Riigikantselei, lk 260
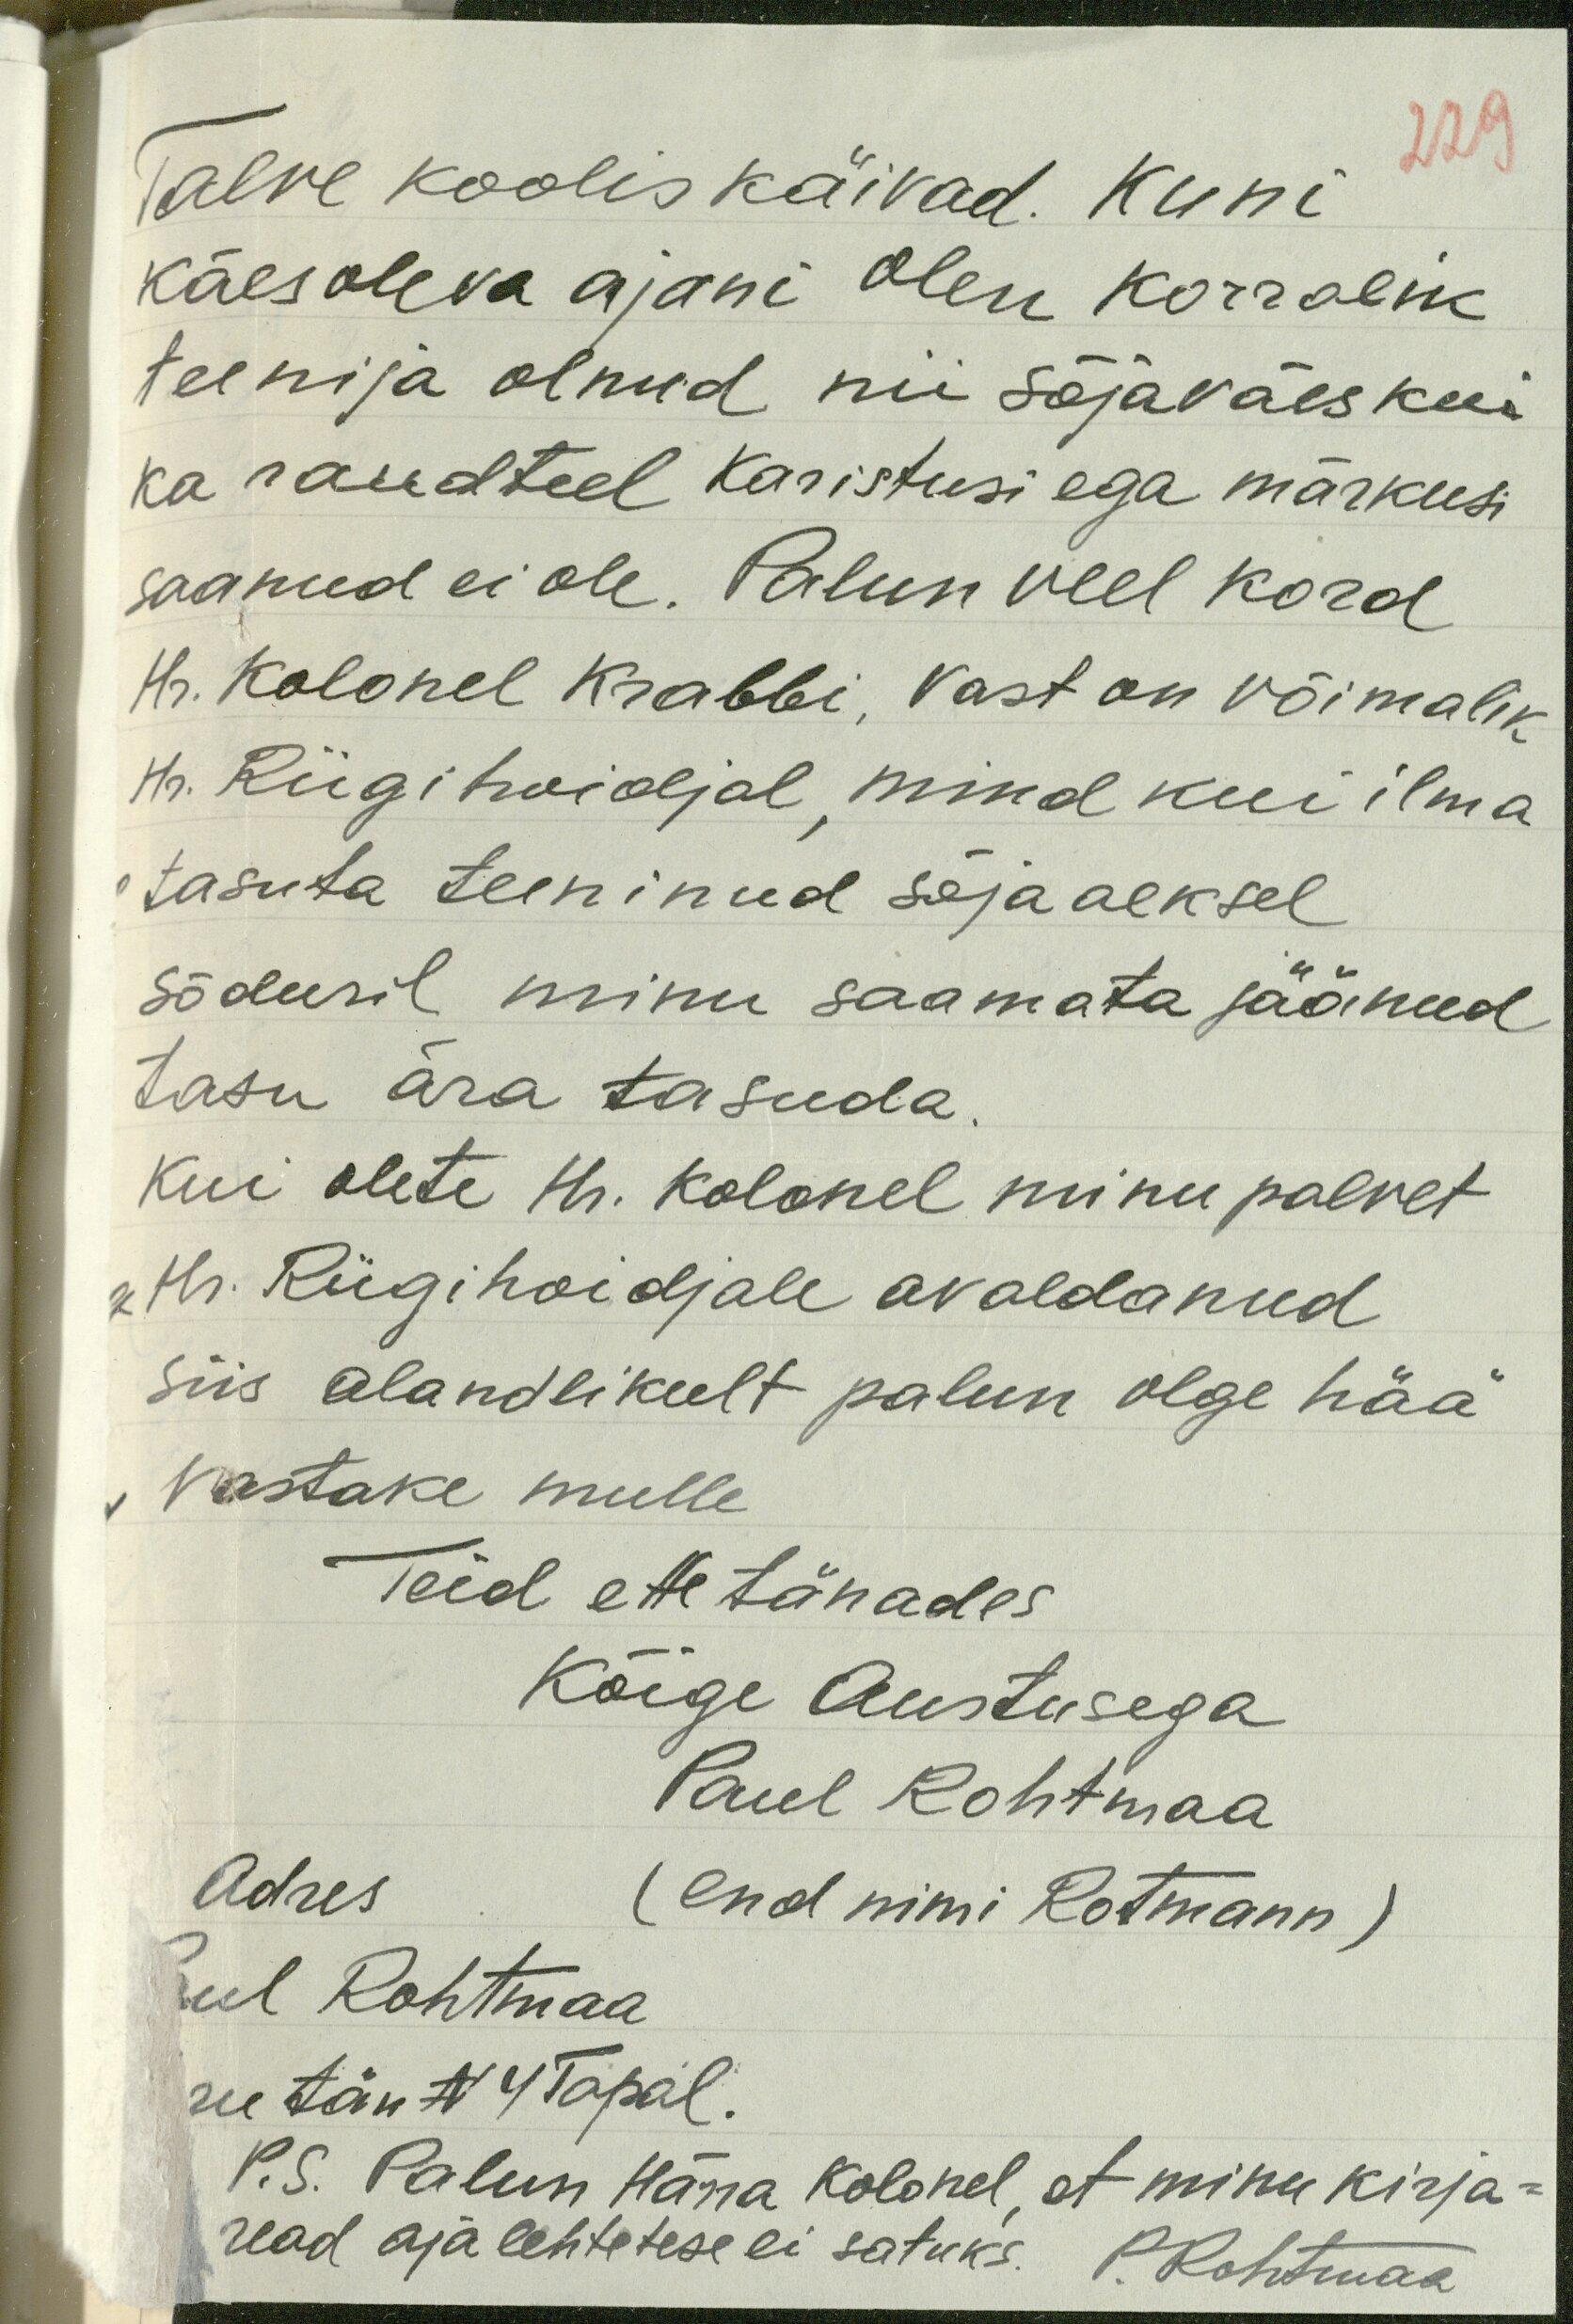
229
Talve koolis käivad. Kuni
käesoleva ajani olen korralik
teenija olnud nii sõjaväes kui
ka raudteel karistusi ega märkusi
saanud ei ole. Palun veel kord
Hr. Kolonel Krabbi, vast on võimalik
Hr. Riigihoidjal, mind kui ilma
tasuta teeninud sõja aeksel
sõduril minu saamata jäänud
tasu ära tasuda
Kui olete Hr. Kolonel minu palvet
g Hr. Riigihoidjale avaldanud
siis alandlikult palun olge hää
vastake mulle
Teid ette tänades
Kõige Austusega
Paul Rohtmaa
(end nimi Rotmann)
Adres
Paul Rohtmaa
ru tän N 4 Tapal.
P. S. Palun Härra Kolonel, et minu kirja-
read ajalehtetese ei satuks. P. Rohtmaa